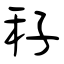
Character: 秄